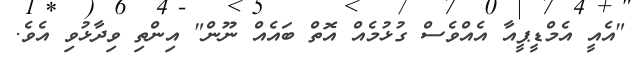
"އެއީ އެމްޑީޕީއާ އެއްވެސް ގުޅުމެއް އޮތް ބައެއް ނޫން" އިންތި ވިދާޅުވި އެވެ.